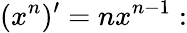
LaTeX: (x^{n})^{\prime}=nx^{n-1}: